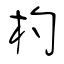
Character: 杓